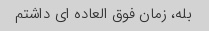
بله، زمان فوق العاده ای داشتم